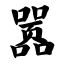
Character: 嚣